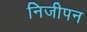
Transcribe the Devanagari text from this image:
निजीपन